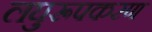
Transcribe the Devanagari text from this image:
लघुरूपकरण